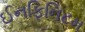
ઈનફિનિટમ